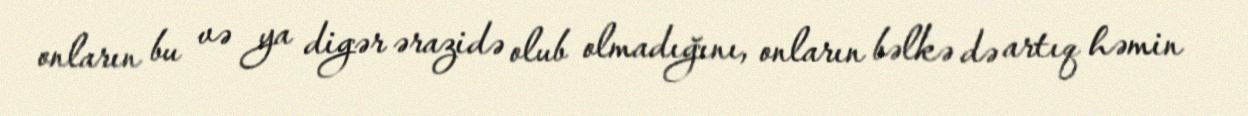
onların bu və ya digər ərazidə olub olmadığını, onların bəlkə də artıq həmin